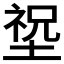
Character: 𡎺